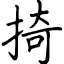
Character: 掎